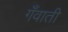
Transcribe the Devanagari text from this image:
गँवाती